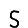
Digit: 5